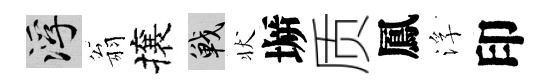
浮翁攘戰状󶱲质鳳浮印